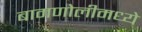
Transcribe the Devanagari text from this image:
बामणोलीमध्ये